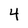
Character: 4